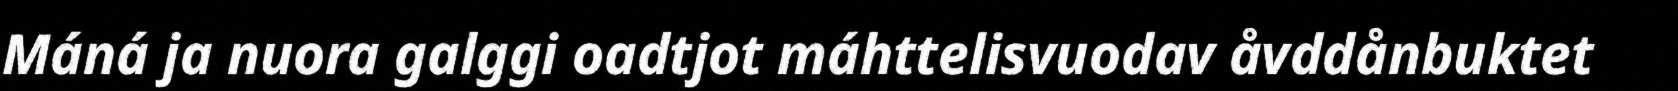
Máná ja nuora galggi oadtjot máhttelisvuodav åvddånbuktet